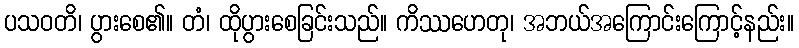
ပသဝတိ၊ ပွားစေ၏။ တံ၊ ထိုပွားစေခြင်းသည်။ ကိဿဟေတု၊ အဘယ်အကြောင်းကြောင့်နည်း။